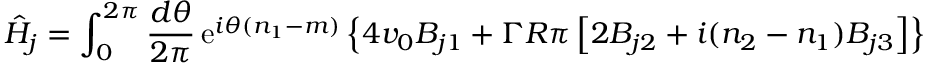
\hat { H } _ { j } = \int _ { 0 } ^ { 2 \pi } { \frac { d \theta } { 2 \pi } } \, \mathrm { e } ^ { i \theta ( n _ { 1 } - m ) } \left\{ 4 v _ { 0 } B _ { j 1 } + \Gamma R \pi \left[ 2 B _ { j 2 } + i ( n _ { 2 } - n _ { 1 } ) B _ { j 3 } \right] \right\}